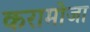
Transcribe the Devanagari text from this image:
करामोजा